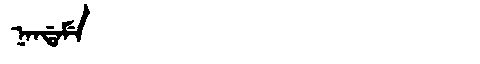
Manchu: ᠨᠠᠨᡩᠠᠮᡝ
Romanization: NANDAME